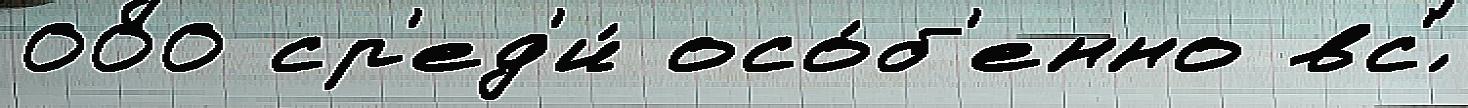
000 ср'ед'и́ осо́б'енно вс'́